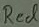
Text: Red